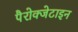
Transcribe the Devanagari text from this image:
पैरोक्जेटाइन